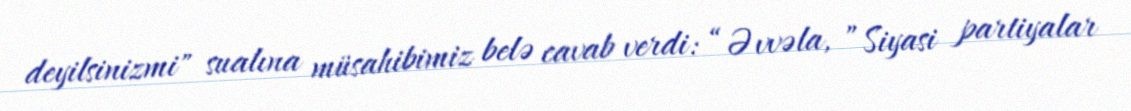
deyilsinizmi" sualına müsahibimiz belə cavab verdi: “Əvvəla, ”Siyasi partiyalar